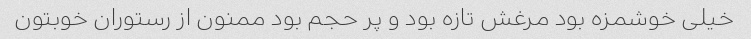
خیلی خوشمزه بود مرغش تازه بود و پر حجم بود ممنون از رستوران خوبتون